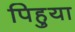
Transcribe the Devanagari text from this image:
पिहुया